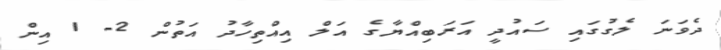
ދެވަނަ ލެގުގައި ސައުދީ އަރަބިއްޔާގެ އަލް އިއްތިހާދު އަތުން 2- 1 އިން